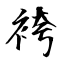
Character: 袴